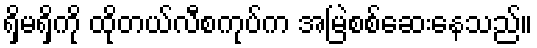
ရှိမရှိကို ထိုတယ်လီစကုပ်က အမြဲစစ်ဆေးနေသည်။